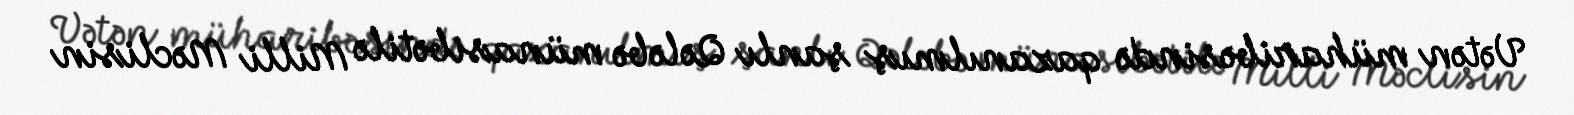
Vətən müharibəsində qazanılmış şanlı Qələbə münasibətilə Milli Məclisin